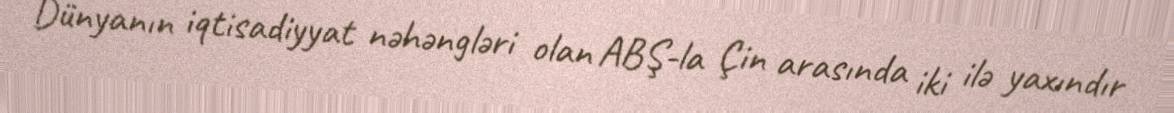
Dünyanın iqtisadiyyat nəhəngləri olan ABŞ-la Çin arasında iki ilə yaxındır